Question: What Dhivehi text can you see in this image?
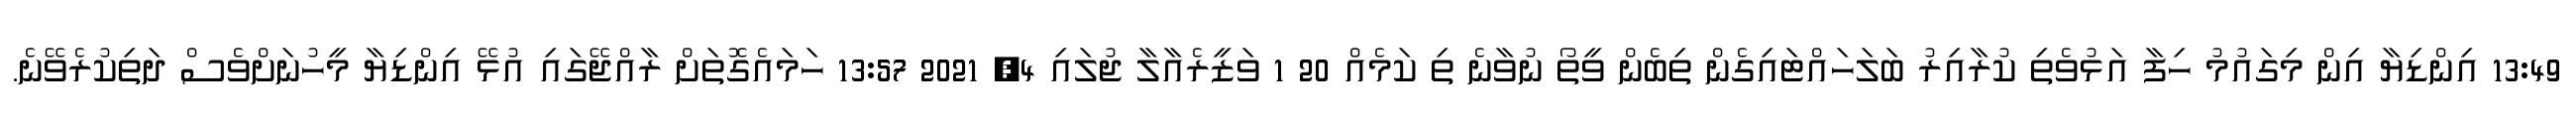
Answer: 13:49 އިންޑިޔާ އިން މިގައުމު ހިފާ އަޅުވެތި ކުރާއިރު ބަލަހައްޓައިގެން ތިބެން ވީތޯ ނުވާނެ ތި ކަމެއް 20 1 ވަޒީރެއާލާ ޖުލައި 4, 2021 13:57 ހަމައެގޮތަށް ރާއްޖޭގައި އުޅޭ އިންޑިޔާ މީހުނަށްވެސް ދަތިކުރެވޭނެ.